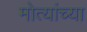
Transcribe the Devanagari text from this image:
मोत्यांच्या